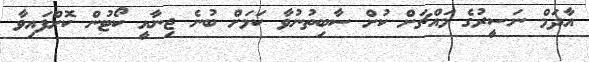
އާދަމް ނަސީރުގެ މައްޗަށް ކުށް ސާބިތުނުވާ ކަމަށް ބުނެ ޖިނާއީ ކޯޓުން ކޮށްފައިވާ